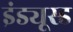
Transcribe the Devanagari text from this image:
इंड्यूस्ड